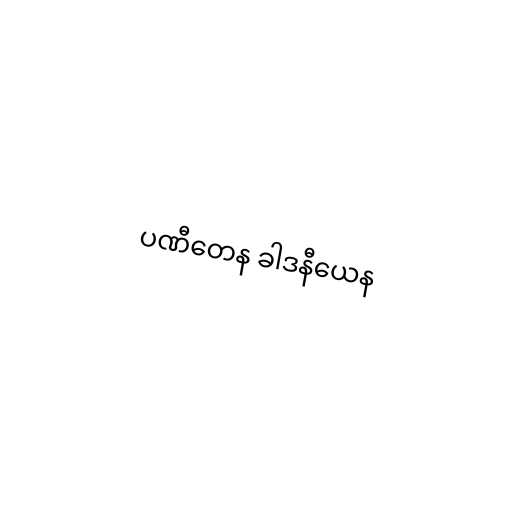
ပဏီတေန ခါဒနီယေန